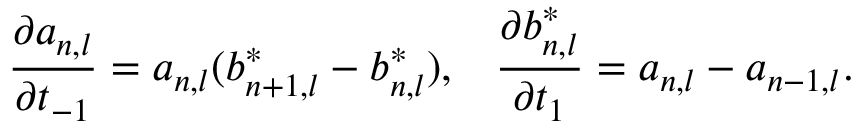
\frac { \partial a _ { n , l } } { \partial t _ { - 1 } } = a _ { n , l } ( b _ { n + 1 , l } ^ { * } - b _ { n , l } ^ { * } ) , \; \; \; \frac { \partial b _ { n , l } ^ { * } } { \partial t _ { 1 } } = a _ { n , l } - a _ { n - 1 , l } .